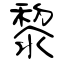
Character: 黎